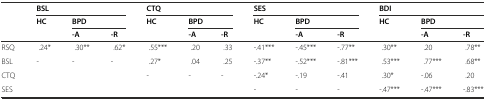
|  | <COLSPAN=3> BSL | <COLSPAN=3> CTQ | <COLSPAN=3> SES | <COLSPAN=3> BDI |
 |  | HC | <COLSPAN=2> BPD | HC | <COLSPAN=2> BPD | HC | <COLSPAN=2> BPD | HC | <COLSPAN=2> BPD |
 |  |  | -A | -R |  | -A | -R |  | -A | -R |  | -A | -R |
 | --- | --- | --- | --- | --- | --- | --- | --- | --- | --- | --- | --- | --- |
 | RSQ | .24* | .30** | .62* | .55*** | .20 | .33 | -.41*** | -.45*** | -.77** | .30** | .20 | .78** |
 | BSL | - | - | - | .27* | .04 | .25 | -.37** | -.52*** | -.81*** | .53*** | .77*** | .68** |
 | CTQ |  |  |  | - | - | - | -.24* | -.19 | -.41 | .30* | -.06 | .20 |
 | SES |  |  |  |  |  |  | - | - | - | -.47*** | -.47*** | -.83*** |